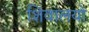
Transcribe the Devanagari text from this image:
शिवालयो